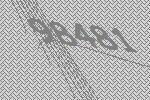
98481